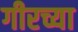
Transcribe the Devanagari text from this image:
गीरच्या